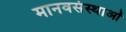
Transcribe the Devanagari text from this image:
मानवसंस्थाओं